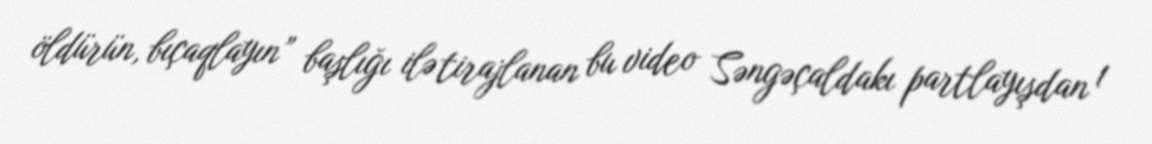
öldürün, bıçaqlayın” başlığı ilə tirajlanan bu video Səngəçaldakı partlayışdan 1